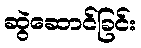
ဆွဲဆောင်ခြင်း